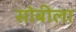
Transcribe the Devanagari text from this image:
सोबीला